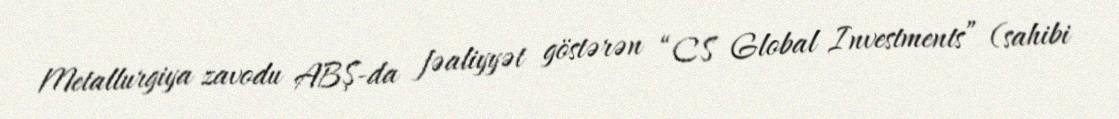
Metallurgiya zavodu ABŞ-da fəaliyyət göstərən “CS Global Investments” (sahibi